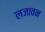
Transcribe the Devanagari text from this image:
लजावन